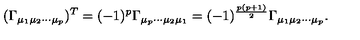
( \Gamma _ { \mu _ { 1 } \mu _ { 2 } \cdots \mu _ { p } } ) ^ { T } = ( - 1 ) ^ { p } \Gamma _ { \mu _ { p } \cdots \mu _ { 2 } \mu _ { 1 } } = ( - 1 ) ^ { \frac { p ( p + 1 ) } { 2 } } \Gamma _ { \mu _ { 1 } \mu _ { 2 } \cdots \mu _ { p } } .